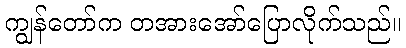
ကျွန်တော်က တအားအော်ပြောလိုက်သည်။